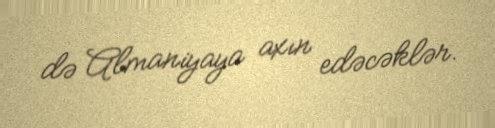
də Almaniyaya axın edəcəklər.